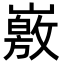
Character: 𡽄